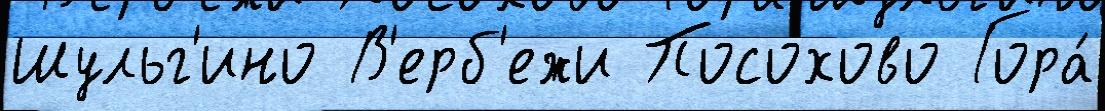
Шульг'ино В'ерб'ежи Посохово Гора́